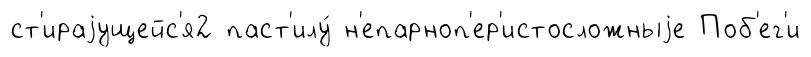
ст'ираjущейс'я2 паст'илу́ н'епарноп'ер'истосложныjе Поб'ег'и